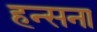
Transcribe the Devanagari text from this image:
हन्सना